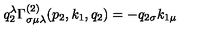
q _ { 2 } ^ { \lambda } \Gamma _ { \sigma \mu \lambda } ^ { ( 2 ) } ( p _ { 2 } , k _ { 1 } , q _ { 2 } ) = - q _ { 2 \sigma } k _ { 1 \mu }